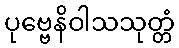
ပုဗ္ဗေနိဝါသသုတ္တံ